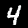
Digit: 4